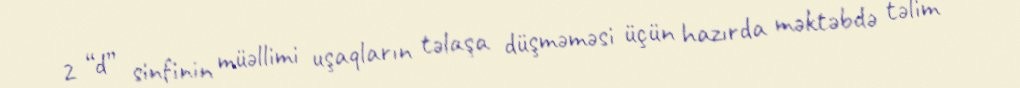
2 “d” sinfinin müəllimi uşaqların təlaşa düşməməsi üçün hazırda məktəbdə təlim